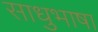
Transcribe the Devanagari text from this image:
साधुभाषा